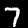
Label: 7